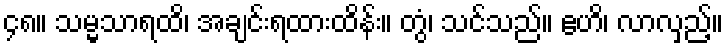
၄၈။ သမ္မသာရထိ၊ အချင်းရထားထိန်း။ တွံ၊ သင်သည်။ ဧဟိ၊ လာလှည့်။